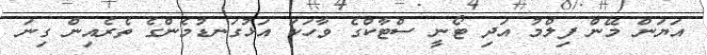
އަޔަން މޭން ފިލްމު އަދި ޓޯނީ ސްޓާކްގެ ވާހަކަ އަޅުގަނޑުމެންގެ ތެރެއިން ގިނަ